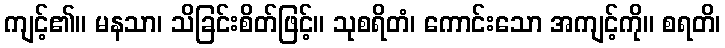
ကျင့်၏။ မနသာ၊ သိခြင်းစိတ်ဖြင့်။ သုစရိတံ၊ ကောင်းသော အကျင့်ကို။ စရတိ၊